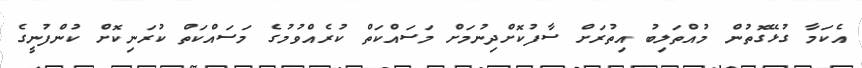
އެކަމާ ގުޅޭގޮތުން މުއްތަލިބު އިތުރަށް ސާފުކޮށްދިނުމަށް މަސައްކަތް ކުރެއްވުމުގެ މަސައްކަތް ކުރަނިކޮށް ކުންފުނީގެ